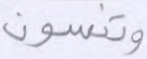
وتنسون